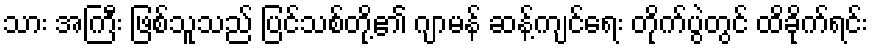
သား အကြီး ဖြစ်သူသည် ပြင်သစ်တို့၏ ဂျာမန် ဆန့်ကျင်ရေး တိုက်ပွဲတွင် ထိခိုက်ရင်း